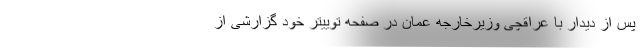
پس از دیدار با عراقچی وزیرخارجه عمان در صفحه توییتر خود گزارشی از